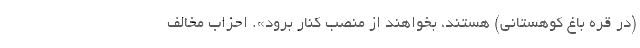
(در قره باغ کوهستانی) هستند، بخواهند از منصب کنار برود». احزاب مخالف